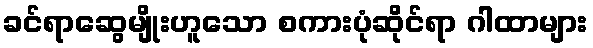
ခင်ရာဆွေမျိုးဟူသော စကားပုံဆိုင်ရာ ဂါထာများ